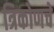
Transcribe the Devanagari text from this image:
त्रिकोणचे